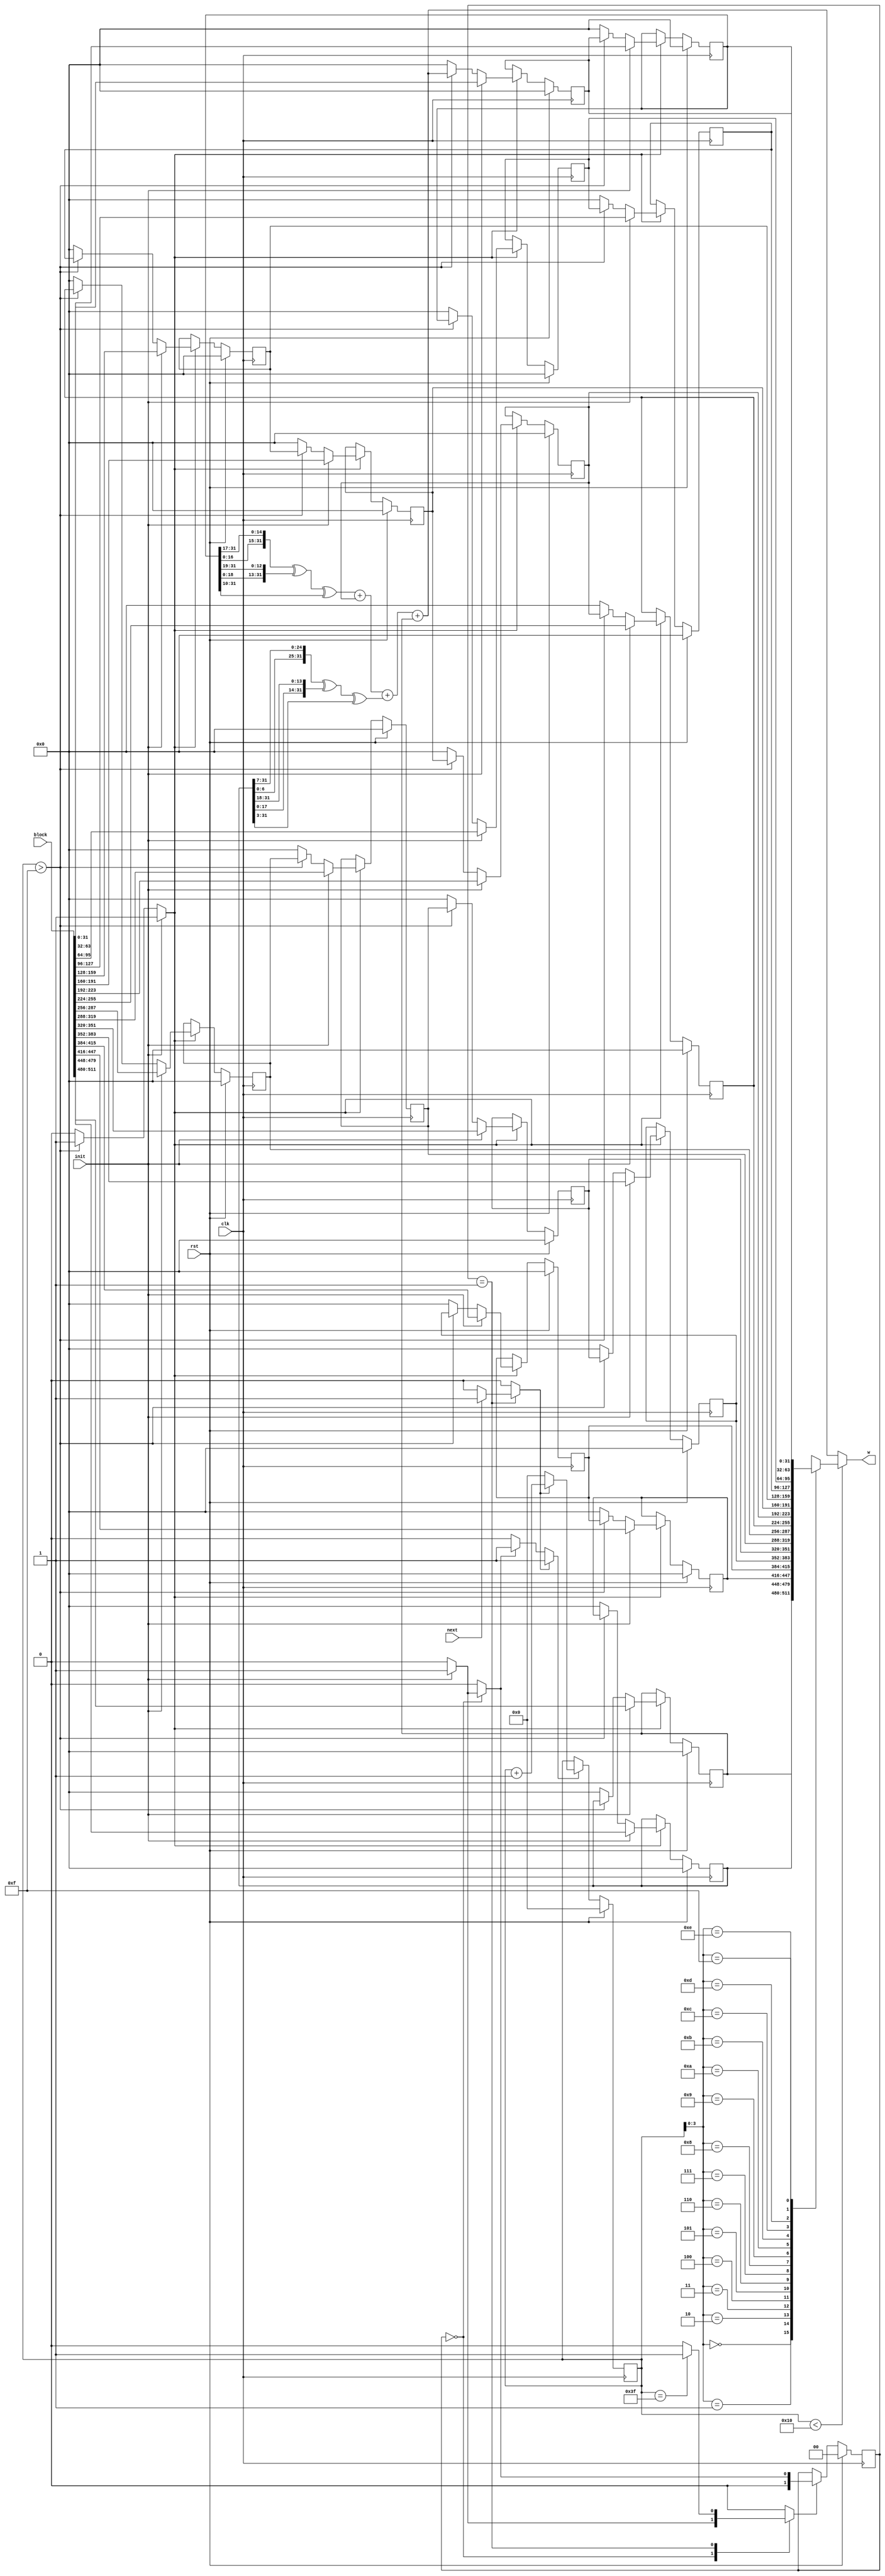
//======================================================================
//
// sha256_w_mem_regs.v
// -------------------
// The W memory. This version uses 16 32-bit registers as a sliding
// window to generate the 64 words.
//
//
// Copyright (c) 2013, Secworks Sweden AB
// All rights reserved.
//
// Redistribution and use in source and binary forms, with or
// without modification, are permitted provided that the following
// conditions are met:
//
// 1. Redistributions of source code must retain the above copyright
//    notice, this list of conditions and the following disclaimer.
//
// 2. Redistributions in binary form must reproduce the above copyright
//    notice, this list of conditions and the following disclaimer in
//    the documentation and/or other materials provided with the
//    distribution.
//
// THIS SOFTWARE IS PROVIDED BY THE COPYRIGHT HOLDERS AND CONTRIBUTORS
// "AS IS" AND ANY EXPRESS OR IMPLIED WARRANTIES, INCLUDING, BUT NOT
// LIMITED TO, THE IMPLIED WARRANTIES OF MERCHANTABILITY AND FITNESS
// FOR A PARTICULAR PURPOSE ARE DISCLAIMED. IN NO EVENT SHALL THE
// COPYRIGHT OWNER OR CONTRIBUTORS BE LIABLE FOR ANY DIRECT, INDIRECT,
// INCIDENTAL, SPECIAL, EXEMPLARY, OR CONSEQUENTIAL DAMAGES (INCLUDING,
// BUT NOT LIMITED TO, PROCUREMENT OF SUBSTITUTE GOODS OR SERVICES;
// LOSS OF USE, DATA, OR PROFITS; OR BUSINESS INTERRUPTION) HOWEVER
// CAUSED AND ON ANY THEORY OF LIABILITY, WHETHER IN CONTRACT,
// STRICT LIABILITY, OR TORT (INCLUDING NEGLIGENCE OR OTHERWISE)
// ARISING IN ANY WAY OUT OF THE USE OF THIS SOFTWARE, EVEN IF
// ADVISED OF THE POSSIBILITY OF SUCH DAMAGE.
//
//======================================================================

module sha256_w_mem(
           input wire           clk,
           input wire           rst,

           input wire [511 : 0] block,

           input wire           init,
           input wire           next,
           output wire [31 : 0] w
       );


//----------------------------------------------------------------
// Internal constant and parameter definitions.
//----------------------------------------------------------------
parameter CTRL_IDLE   = 0;
parameter CTRL_UPDATE = 1;


//----------------------------------------------------------------
// Registers including update variables and write enable.
//----------------------------------------------------------------
reg [31 : 0] w_mem [0 : 15];
reg [31 : 0] w_mem00_new;
reg [31 : 0] w_mem01_new;
reg [31 : 0] w_mem02_new;
reg [31 : 0] w_mem03_new;
reg [31 : 0] w_mem04_new;
reg [31 : 0] w_mem05_new;
reg [31 : 0] w_mem06_new;
reg [31 : 0] w_mem07_new;
reg [31 : 0] w_mem08_new;
reg [31 : 0] w_mem09_new;
reg [31 : 0] w_mem10_new;
reg [31 : 0] w_mem11_new;
reg [31 : 0] w_mem12_new;
reg [31 : 0] w_mem13_new;
reg [31 : 0] w_mem14_new;
reg [31 : 0] w_mem15_new;
reg          w_mem_we;

reg [5 : 0] w_ctr_reg;
reg [5 : 0] w_ctr_new;
reg         w_ctr_we;
reg         w_ctr_inc;
reg         w_ctr_rst;

reg [1 : 0]  sha256_w_mem_ctrl_reg;
reg [1 : 0]  sha256_w_mem_ctrl_new;
reg          sha256_w_mem_ctrl_we;


//----------------------------------------------------------------
// Wires.
//----------------------------------------------------------------
reg [31 : 0] w_tmp;
reg [31 : 0] w_new;


//----------------------------------------------------------------
// Concurrent connectivity for ports etc.
//----------------------------------------------------------------
assign w = w_tmp;


//----------------------------------------------------------------
// reg_update
// Update functionality for all registers in the core.
// All registers are positive edge triggered with synchronous
// reset. All registers have write enable.
//----------------------------------------------------------------
always @ (posedge clk)
    begin : reg_update
        if (rst)
            begin
                w_mem[00]             <= 32'h0;
                w_mem[01]             <= 32'h0;
                w_mem[02]             <= 32'h0;
                w_mem[03]             <= 32'h0;
                w_mem[04]             <= 32'h0;
                w_mem[05]             <= 32'h0;
                w_mem[06]             <= 32'h0;
                w_mem[07]             <= 32'h0;
                w_mem[08]             <= 32'h0;
                w_mem[09]             <= 32'h0;
                w_mem[10]             <= 32'h0;
                w_mem[11]             <= 32'h0;
                w_mem[12]             <= 32'h0;
                w_mem[13]             <= 32'h0;
                w_mem[14]             <= 32'h0;
                w_mem[15]             <= 32'h0;
                w_ctr_reg             <= 6'h00;
                sha256_w_mem_ctrl_reg <= CTRL_IDLE;
            end
        else
            begin
                if (w_mem_we)
                    begin
                        w_mem[00] <= w_mem00_new;
                        w_mem[01] <= w_mem01_new;
                        w_mem[02] <= w_mem02_new;
                        w_mem[03] <= w_mem03_new;
                        w_mem[04] <= w_mem04_new;
                        w_mem[05] <= w_mem05_new;
                        w_mem[06] <= w_mem06_new;
                        w_mem[07] <= w_mem07_new;
                        w_mem[08] <= w_mem08_new;
                        w_mem[09] <= w_mem09_new;
                        w_mem[10] <= w_mem10_new;
                        w_mem[11] <= w_mem11_new;
                        w_mem[12] <= w_mem12_new;
                        w_mem[13] <= w_mem13_new;
                        w_mem[14] <= w_mem14_new;
                        w_mem[15] <= w_mem15_new;
                    end

                if (w_ctr_we)
                    w_ctr_reg <= w_ctr_new;

                if (sha256_w_mem_ctrl_we)
                    sha256_w_mem_ctrl_reg <= sha256_w_mem_ctrl_new;
            end
    end // reg_update


//----------------------------------------------------------------
// select_w
//
// Mux for the external read operation. This is where we exract
// the W variable.
//----------------------------------------------------------------
always @*
    begin : select_w
        if (w_ctr_reg < 16)
            begin
                w_tmp = w_mem[w_ctr_reg[3 : 0]];
            end
        else
            begin
                w_tmp = w_new;
            end
    end // select_w


//----------------------------------------------------------------
// w_new_logic
//
// Logic that calculates the next value to be inserted into
// the sliding window of the memory.
//----------------------------------------------------------------
always @*
    begin : w_mem_update_logic
        reg [31 : 0] w_0;
        reg [31 : 0] w_1;
        reg [31 : 0] w_9;
        reg [31 : 0] w_14;
        reg [31 : 0] d0;
        reg [31 : 0] d1;

        w_mem00_new = 32'h0;
        w_mem01_new = 32'h0;
        w_mem02_new = 32'h0;
        w_mem03_new = 32'h0;
        w_mem04_new = 32'h0;
        w_mem05_new = 32'h0;
        w_mem06_new = 32'h0;
        w_mem07_new = 32'h0;
        w_mem08_new = 32'h0;
        w_mem09_new = 32'h0;
        w_mem10_new = 32'h0;
        w_mem11_new = 32'h0;
        w_mem12_new = 32'h0;
        w_mem13_new = 32'h0;
        w_mem14_new = 32'h0;
        w_mem15_new = 32'h0;
        w_mem_we    = 0;

        w_0  = w_mem[0];
        w_1  = w_mem[1];
        w_9  = w_mem[9];
        w_14 = w_mem[14];

        d0 = {w_1[6  : 0], w_1[31 :  7]} ^
           {w_1[17 : 0], w_1[31 : 18]} ^
           {3'b000, w_1[31 : 3]};

        d1 = {w_14[16 : 0], w_14[31 : 17]} ^
           {w_14[18 : 0], w_14[31 : 19]} ^
           {10'b0000000000, w_14[31 : 10]};

        w_new = d1 + w_9 + d0 + w_0;

        if (init)
            begin
                w_mem00_new = block[511 : 480];
                w_mem01_new = block[479 : 448];
                w_mem02_new = block[447 : 416];
                w_mem03_new = block[415 : 384];
                w_mem04_new = block[383 : 352];
                w_mem05_new = block[351 : 320];
                w_mem06_new = block[319 : 288];
                w_mem07_new = block[287 : 256];
                w_mem08_new = block[255 : 224];
                w_mem09_new = block[223 : 192];
                w_mem10_new = block[191 : 160];
                w_mem11_new = block[159 : 128];
                w_mem12_new = block[127 :  96];
                w_mem13_new = block[95  :  64];
                w_mem14_new = block[63  :  32];
                w_mem15_new = block[31  :   0];
                w_mem_we    = 1;
            end
        else if (w_ctr_reg > 15)
            begin
                w_mem00_new = w_mem[01];
                w_mem01_new = w_mem[02];
                w_mem02_new = w_mem[03];
                w_mem03_new = w_mem[04];
                w_mem04_new = w_mem[05];
                w_mem05_new = w_mem[06];
                w_mem06_new = w_mem[07];
                w_mem07_new = w_mem[08];
                w_mem08_new = w_mem[09];
                w_mem09_new = w_mem[10];
                w_mem10_new = w_mem[11];
                w_mem11_new = w_mem[12];
                w_mem12_new = w_mem[13];
                w_mem13_new = w_mem[14];
                w_mem14_new = w_mem[15];
                w_mem15_new = w_new;
                w_mem_we    = 1;
            end
    end // w_mem_update_logic


//----------------------------------------------------------------
// w_ctr
// W schedule adress counter. Counts from 0x10 to 0x3f and
// is used to expand the block into words.
//----------------------------------------------------------------
always @*
    begin : w_ctr
        w_ctr_new = 0;
        w_ctr_we  = 0;

        if (w_ctr_rst)
            begin
                w_ctr_new = 6'h00;
                w_ctr_we  = 1;
            end

        if (w_ctr_inc)
            begin
                w_ctr_new = w_ctr_reg + 6'h01;
                w_ctr_we  = 1;
            end
    end // w_ctr


//----------------------------------------------------------------
// sha256_w_mem_fsm
// Logic for the w shedule FSM.
//----------------------------------------------------------------
always @*
    begin : sha256_w_mem_fsm
        w_ctr_rst = 0;
        w_ctr_inc = 0;

        sha256_w_mem_ctrl_new = CTRL_IDLE;
        sha256_w_mem_ctrl_we  = 0;

        case (sha256_w_mem_ctrl_reg)
            CTRL_IDLE:
                begin
                    if (init)
                        begin
                            w_ctr_rst             = 1;
                            sha256_w_mem_ctrl_new = CTRL_UPDATE;
                            sha256_w_mem_ctrl_we  = 1;
                        end
                end

            CTRL_UPDATE:
                begin
                    if (next)
                        begin
                            w_ctr_inc = 1;
                        end

                    if (w_ctr_reg == 6'h3f)
                        begin
                            sha256_w_mem_ctrl_new = CTRL_IDLE;
                            sha256_w_mem_ctrl_we  = 1;
                        end
                end
        endcase // case (sha256_ctrl_reg)
    end // sha256_ctrl_fsm

endmodule // sha256_w_mem

          //======================================================================
          // sha256_w_mem.v
          //======================================================================